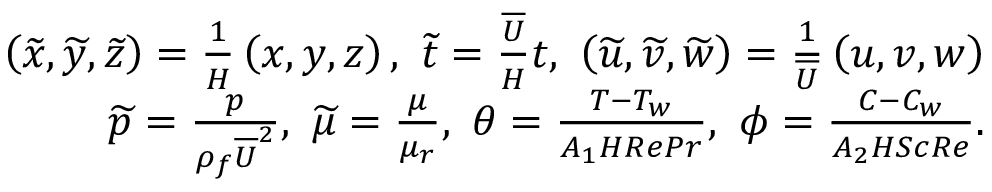
\begin{array} { r } { \left( \widetilde { x } , \widetilde { y } , \widetilde { z } \right) = \frac { 1 } { H } \left( x , y , z \right) , ~ \widetilde { t } = \frac { \overline { { U } } } { H } t , ~ \left( \widetilde { u } , \widetilde { v } , \widetilde { w } \right) = \frac { 1 } { \overline { { U } } } \left( u , v , w \right) } \\ { \widetilde { p } = \frac { p } { \rho _ { f } \overline { { U } } ^ { 2 } } , ~ \widetilde { \mu } = \frac { \mu } { \mu _ { r } } , ~ \theta = \frac { T - T _ { w } } { A _ { 1 } H R e P r } , ~ \phi = \frac { C - C _ { w } } { A _ { 2 } H S c R e } . } \end{array}